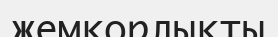
жемқорлықты